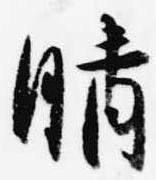
晴